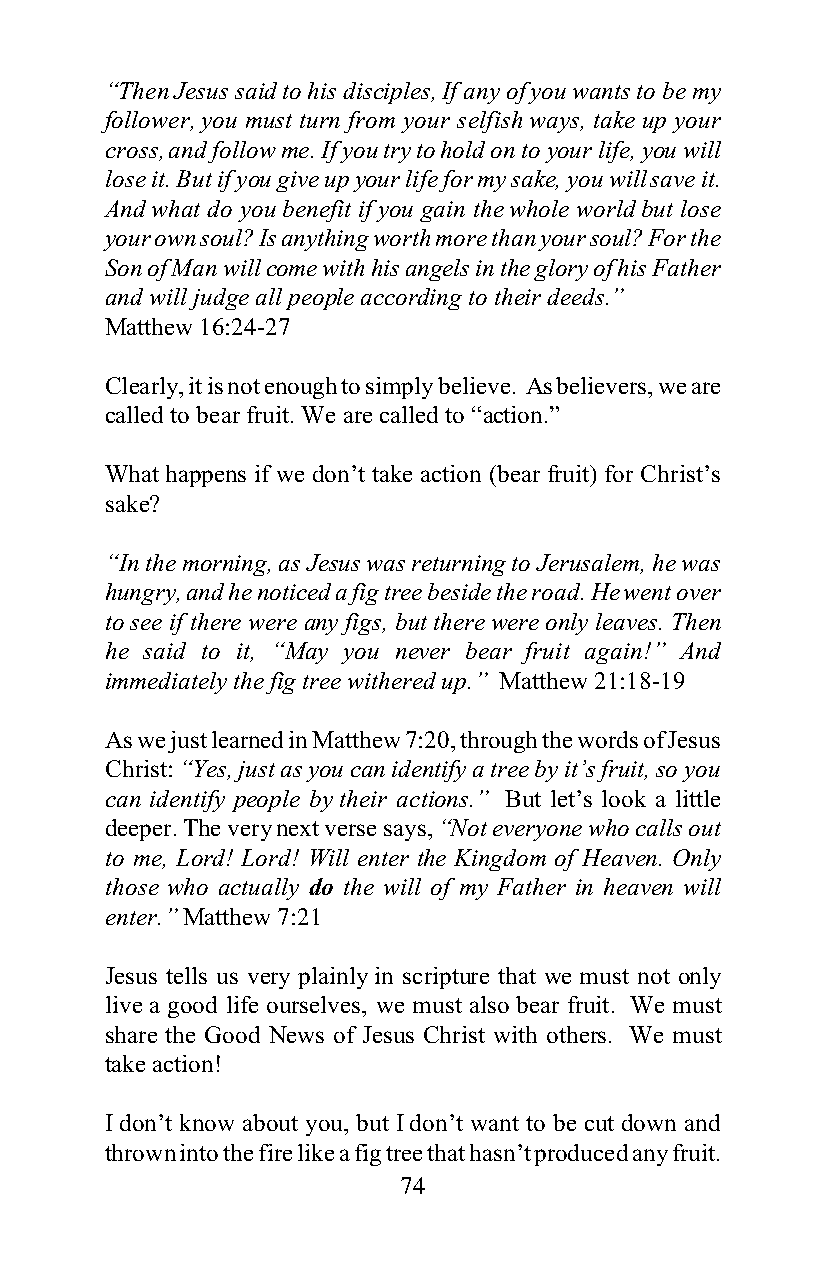
“Then Jesus said to his disciples, If any of you wants to be my
 follower, you must turn from your selfish ways, take up your
 cross, and follow me. If you try to hold on to your life, you will
 lose it. But if you give up your life for my sake, you will save it.
 And what do you benefit if you gain the whole world but lose
 your own soul? Is anything worth more than your soul? For the
 Son of Man will come with his angels in the glory of his Father
 and will judge all people according to their deeds.”
 Matthew 16:24-27
 Clearly, it is not enough to simply believe. As believers, we are
 called to bear fruit. We are called to “action.”
 What happens if we don’t take action (bear fruit) for Christ’s
 sake?
 “In the morning, as Jesus was returning to Jerusalem, he was
 hungry, and he noticed a fig tree beside the road. He went over
 to see if there were any figs, but there were only leaves. Then
 he said to it, “May you never bear fruit again!” And
 immediately the fig tree withered up.” Matthew 21:18-19
 As we just learned in Matthew 7:20, through the words of Jesus
 Christ: “Yes, just as you can identify a tree by it’s fruit, so you
 can identify people by their actions.” But let’s look a little
 deeper. The very next verse says, “Not everyone who calls out
 to me, Lord! Lord! Will enter the Kingdom of Heaven. Only
 those who actually do the will of my Father in heaven will
 enter.” Matthew 7:21
 Jesus tells us very plainly in scripture that we must not only
 live a good life ourselves, we must also bear fruit. We must
 share the Good News of Jesus Christ with others. We must
 take action!
 I don’t know about you, but I don’t want to be cut down and
 thrown into the fire like a fig tree that hasn’t produced any fruit.
 74